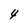
Character: 4